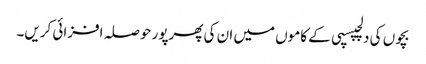
بچوں کی دلچپسپی کے کاموں میں ان کی پھرپور حوصلہ افزائی کریں۔